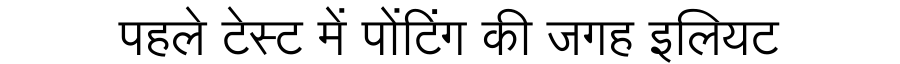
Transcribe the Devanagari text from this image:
पहले टेस्ट में पोंटिंग की जगह इलियट